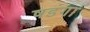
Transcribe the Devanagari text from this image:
षडंगा